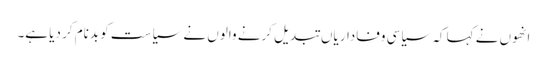
انھوں نے کہا کہ سیاسی وفاداریاں تبدیل کرنے والوں نے سیاست کو بدنام کر دیا ہے۔